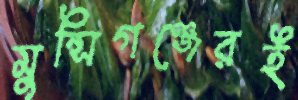
মুন্সিগঞ্জেরই